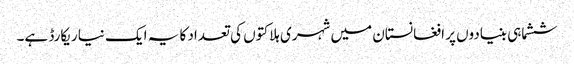
ششماہی بنیادوں پر افغانستان میں شہری ہلاکتوں کی تعداد کا یہ ایک نیا ریکارڈ ہے۔